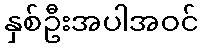
နှစ်ဦးအပါအဝင်